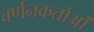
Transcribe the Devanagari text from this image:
वर्णनकर्ताओं